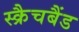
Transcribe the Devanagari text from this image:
स्क्रैचबैंड